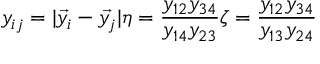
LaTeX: y _ { i j } = | \vec { y _ { i } } - \vec { y _ { j } } | \eta = \frac { y _ { 1 2 } y _ { 3 4 } } { y _ { 1 4 } y _ { 2 3 } } \zeta = \frac { y _ { 1 2 } y _ { 3 4 } } { y _ { 1 3 } y _ { 2 4 } }